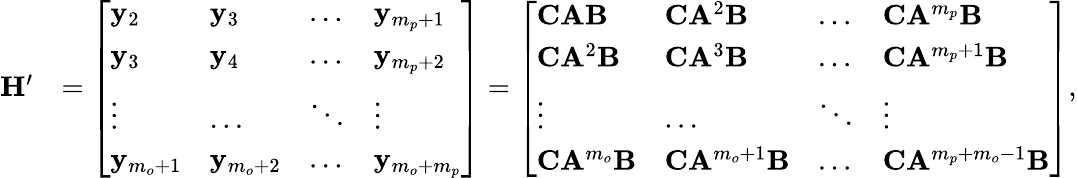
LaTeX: \begin{array}{rl}{\mathbf{H}^{\prime}}&{=\left[\begin{array}{llll}{\mathbf{y}_{2}}&{\mathbf{y}_{3}}&{\dots}&{\mathbf{y}_{m_{p}+1}}\\ {\mathbf{y}_{3}}&{\mathbf{y}_{4}}&{\dots}&{\mathbf{y}_{m_{p}+2}}\\ {\vdots}&{\dots}&{\ddots}&{\vdots}\\ {\mathbf{y}_{m_{o}+1}}&{\mathbf{y}_{m_{o}+2}}&{\dots}&{\mathbf{y}_{m_{o}+m_{p}}}\end{array}\right]=\left[\begin{array}{llll}{\mathbf{C}\mathbf{A}\mathbf{B}}&{\mathbf{C}\mathbf{A}^{2}\mathbf{B}}&{\dots}&{\mathbf{C}\mathbf{A}^{m_{p}}\mathbf{B}}\\ {\mathbf{C}\mathbf{A}^{2}\mathbf{B}}&{\mathbf{C}\mathbf{A}^{3}\mathbf{B}}&{\dots}&{\mathbf{C}\mathbf{A}^{m_{p}+1}\mathbf{B}}\\ {\vdots}&{\dots}&{\ddots}&{\vdots}\\ {\mathbf{C}\mathbf{A}^{m_{o}}\mathbf{B}}&{\mathbf{C}\mathbf{A}^{m_{o}+1}\mathbf{B}}&{\dots}&{\mathbf{C}\mathbf{A}^{m_{p}+m_{o}-1}\mathbf{B}}\end{array}\right],}\end{array}